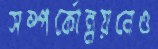
সম্পর্কোন্নয়নেও